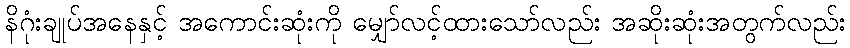
နိဂုံးချုပ်အနေနှင့် အကောင်းဆုံးကို မျှော်လင့်ထားသော်လည်း အဆိုးဆုံးအတွက်လည်း